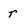
Character: r